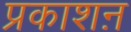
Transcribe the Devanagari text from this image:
प्रकाशऩ